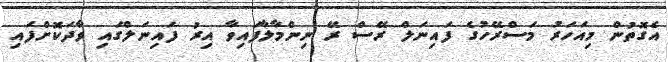
އެގޮތުން މިއަހަރު މަސްރޭހުގެ ފައިނަލް ރޭސް ރޭ ނިންމާލާފައިވާ އިރު ފައިނަލްގައި ވާދަކޮށްފައި